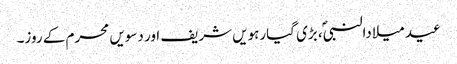
عید میلادالنبیؐ، بڑی گیارہویں شریف اور دسویں محرم کے روز۔